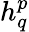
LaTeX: h_{q}^{p}